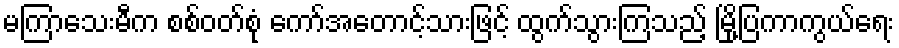
မကြာသေးမီက စစ်ဝတ်စုံ ကော်အတောင့်သားဖြင့် ထွက်သွားကြသည့် မြို့ပြကာကွယ်ရေး